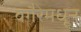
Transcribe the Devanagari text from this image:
वगैरेमधून